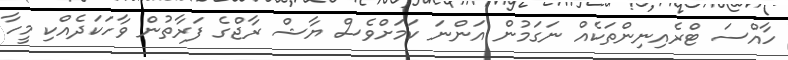
ހާއްސަ ޓްރެއިނިންތަކެއް ނަގަމުން އަންނަ ކަމަށްވެސް ޔާޝް ރާޖްގެ ފަރާތުން ވާހަކަދެއްކި މީހާ